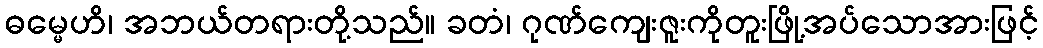
ဓမ္မေဟိ၊ အဘယ်တရားတို့သည်။ ခတံ၊ ဂုဏ်ကျေးဇူးကိုတူးဖြို့အပ်သောအားဖြင့်